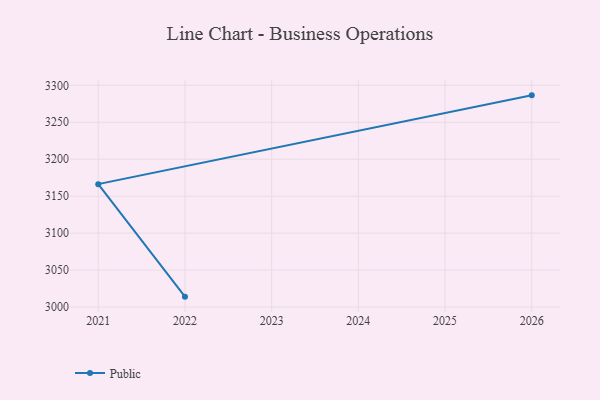
{"axis": {"x": "Year", "y": "Page Views"}, "legend": ["Public"], "data": [{"x": "2026", "y": 3286.4, "type": "Public"}, {"x": "2021", "y": 3166.3, "type": "Public"}, {"x": "2022", "y": 3014.1, "type": "Public"}]}